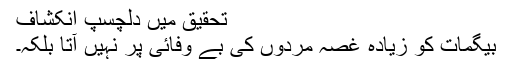
تحقیق میں دلچسپ انکشاف
بیگمات کو زیادہ غصہ مردوں کی بے وفائی پر نہیں آتا بلکہ۔